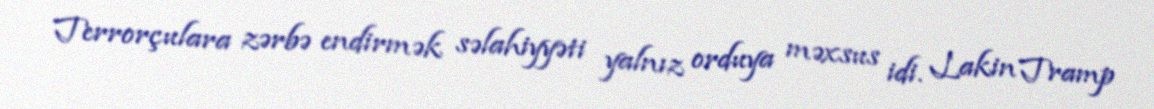
Terrorçulara zərbə endirmək səlahiyyəti yalnız orduya məxsus idi. Lakin Tramp